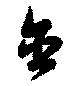
含